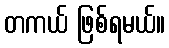
တကယ် ဖြစ်ရမယ်။